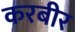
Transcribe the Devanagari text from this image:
करबीर